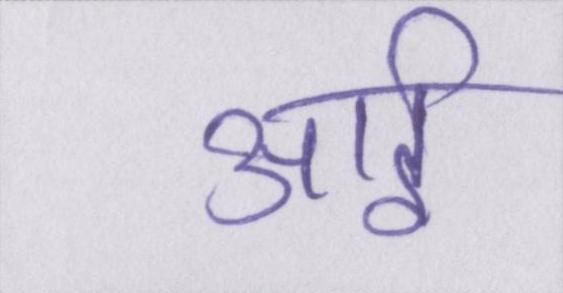
आई